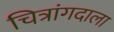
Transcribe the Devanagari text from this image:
चित्रांगदाला